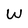
Character: W